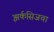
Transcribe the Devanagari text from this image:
झर्कसिजचा